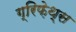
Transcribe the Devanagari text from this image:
ग्रिफ़ेथ्स